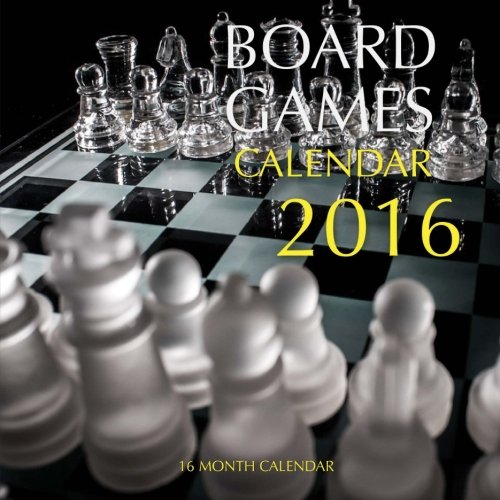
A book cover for Board Games Calendar 2016: 16 Month Calendar; Jack Smith; Calendars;